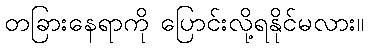
တခြားနေရာကို ပြောင်းလို့ရနိုင်မလား။